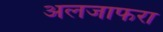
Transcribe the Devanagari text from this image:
अलजाफरा